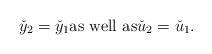
LaTeX: \begin{align*}\check y_2= \check y_1 \mbox{as well as}\check u_2=\check u_1.\end{align*}